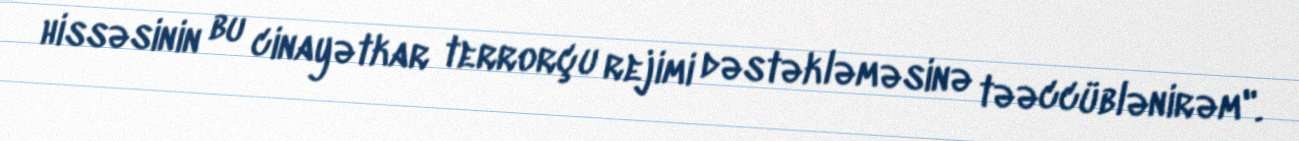
hissəsinin bu cinayətkar terrorçu rejimi dəstəkləməsinə təəccüblənirəm".